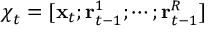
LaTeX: { \boldsymbol { \chi } } _ { t } = [ \mathbf { x } _ { t } ; \mathbf { r } _ { t - 1 } ^ { 1 } ; \cdots ; \mathbf { r } _ { t - 1 } ^ { R } ]